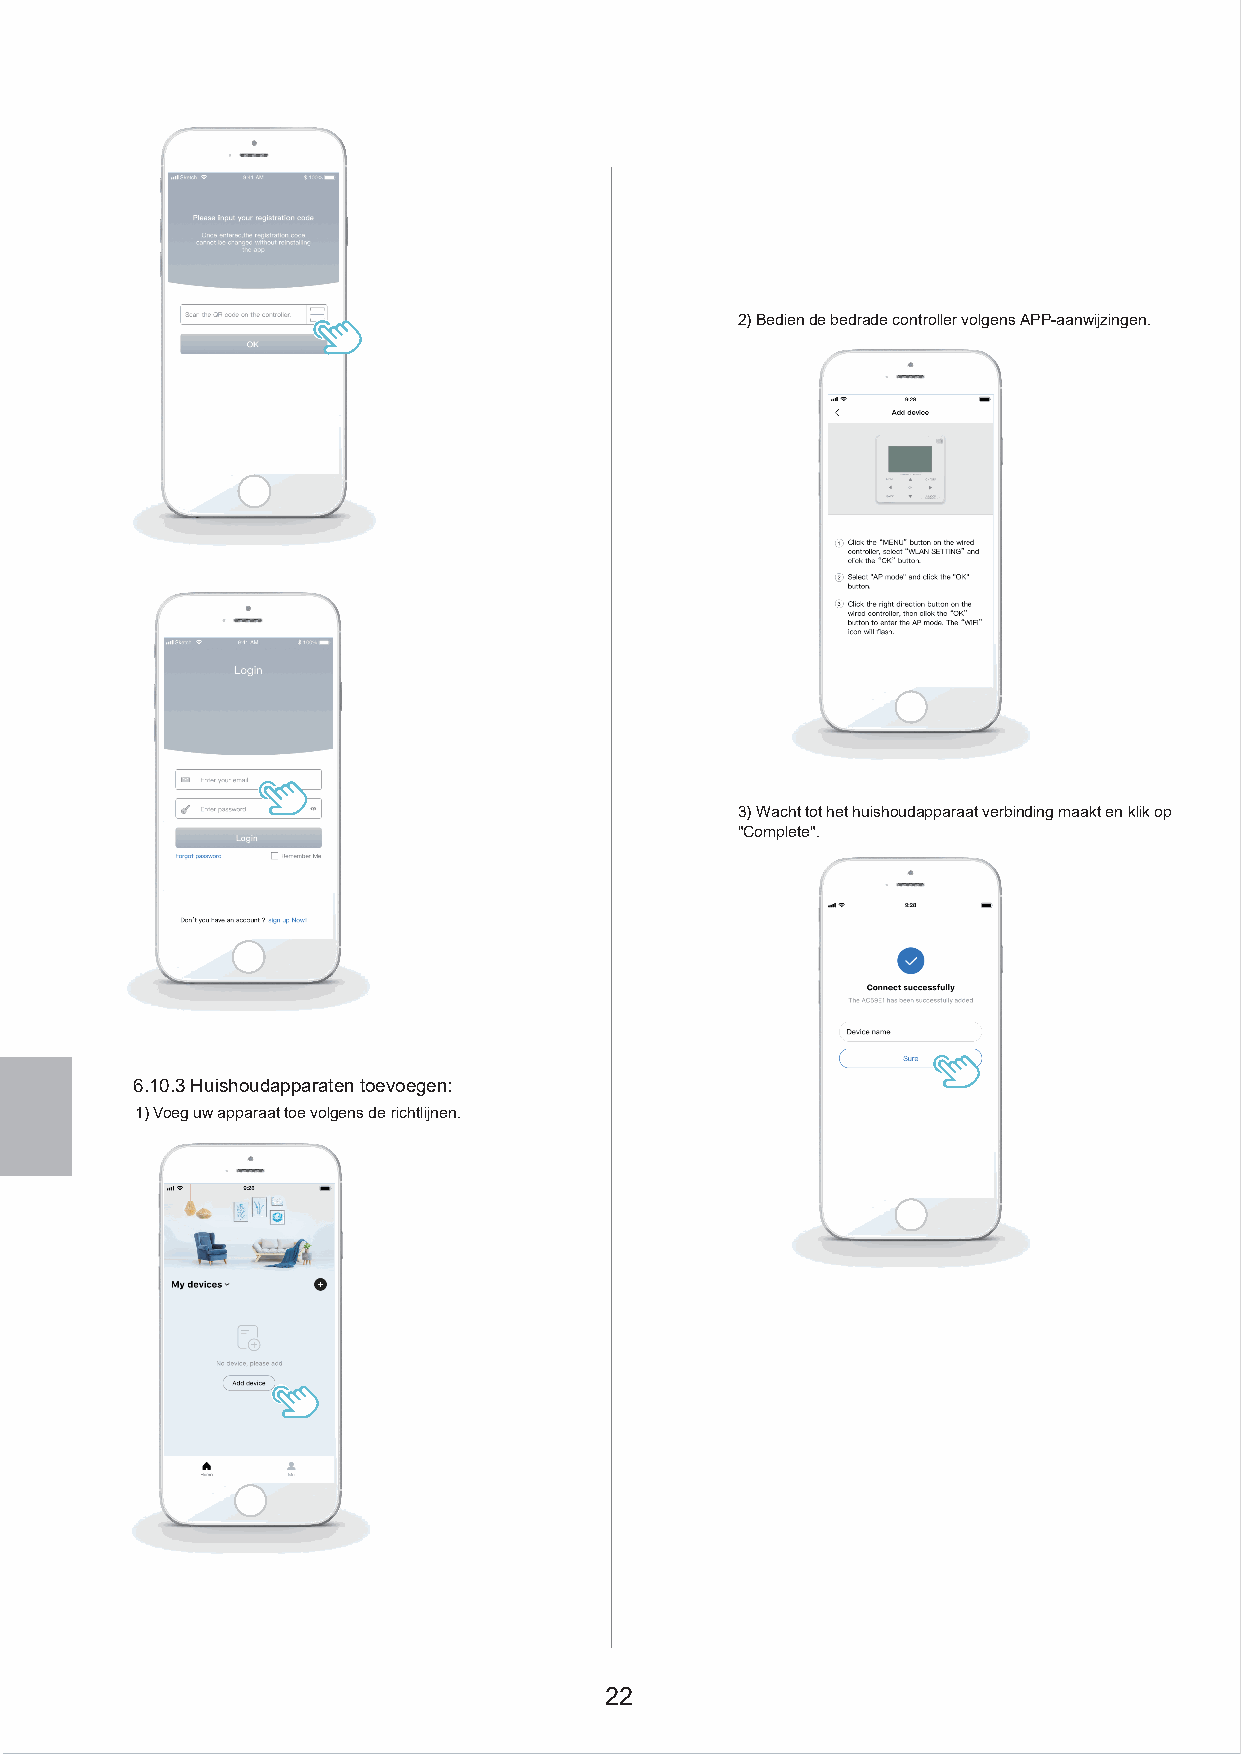
2)Bedien de bedrade controller volgens APP-aanwijzingen.
 3)Wacht tot het huishoudapparaat verbinding maakt en klik op
 "Complete".
 6.10.3 Huishoudapparaten toevoegen:
 1) Voeg uw apparaat toe volgens de richtlijnen.
 22